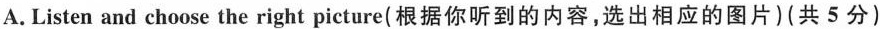
A. Listen and choose the right picture(根据你听到的内容,选出相应的图片)(共 5分)